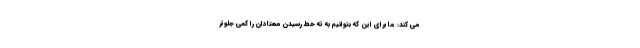
می کند: ما برای این که بتوانیم به ته خط رسیدن معتادان را کمی جلوتر